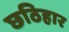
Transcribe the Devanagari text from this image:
छठिहार